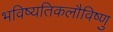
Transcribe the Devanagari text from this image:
भविष्यतिकलौविष्णु